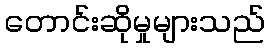
တောင်းဆိုမှုများသည်